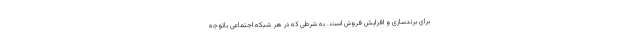
برای برندسازی و افزایش فروش است. به شرطی که در هر شبکه اجتماعی باتوجه